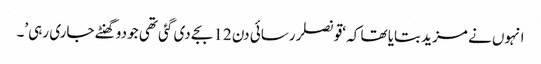
انہوں نے مزید بتایا تھا کہ ‘قونصلر رسائی دن 12 بجے دی گئی تھی جو دو گھنٹے جاری رہی’۔